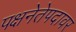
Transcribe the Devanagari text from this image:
पक्षनेतेपदावर